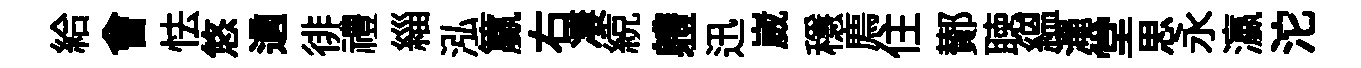
給㑹怯悠適徘禮緇泓籯右凄綂軆迅崴穩廌住鄼聴緼澠堂思永瀛沱